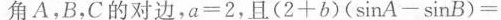
角A，B，C的对边，a =2,且（2+b）(sinA-sinB)=